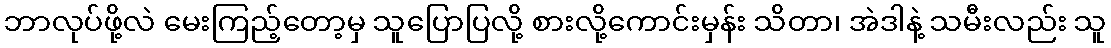
ဘာလုပ်ဖို့လဲ မေးကြည့်တော့မှ သူပြောပြလို့ စားလို့ကောင်းမှန်း သိတာ၊ အဲဒါနဲ့ သမီးလည်း သူ